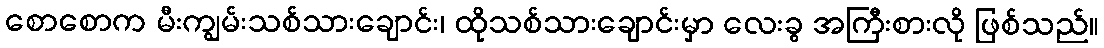
စောစောက မီးကျွမ်းသစ်သားချောင်း၊ ထိုသစ်သားချောင်းမှာ လေးခွ အကြီးစားလို ဖြစ်သည်။